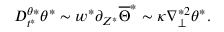
D _ { t ^ { * } } ^ { \theta * } \theta ^ { * } \sim w ^ { * } \partial _ { Z ^ { * } } \overline { { \Theta } } ^ { * } \sim \kappa \nabla _ { \perp } ^ { * 2 } \theta ^ { * } .